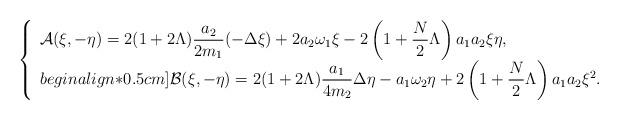
LaTeX: \begin{align*}\left\{\begin{array}{ll}\mathcal{A}(\xi,-\eta)=2(1+2\Lambda)\dfrac{a_2}{2m_1}(-\Delta\xi)+2a_2\omega_1\xi-2\left(1+\dfrac{N}{2}\Lambda\right)a_1a_2\xi\eta,\\begin{align*}0.5cm]\mathcal{B}(\xi,-\eta)=2(1+2\Lambda)\dfrac{a_1}{4m_2} \Delta\eta-a_1\omega_2\eta+2\left(1+\dfrac{N}{2}\Lambda\right)a_1a_2\xi^2.\end{array}\right.\end{align*}